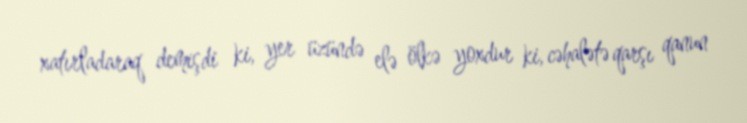
xatırladaraq demişdi ki, yer üzündə elə ölkə yoxdur ki, cəhalətə qarşı qanun